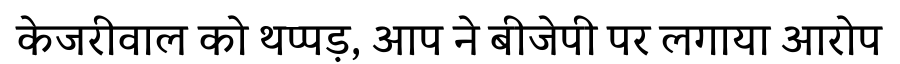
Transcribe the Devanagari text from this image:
केजरीवाल को थप्पड़, आप ने बीजेपी पर लगाया आरोप